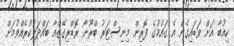
ކިއުބާ އަށް ވަޑައިގެން އެ ގައުމުގެ ފޮރިން މިނިސްޓަރު ބްރޫނޯ ރޮޑްރިގޭޒްއާ ބައްދަލުކުރެއްވުމަށް